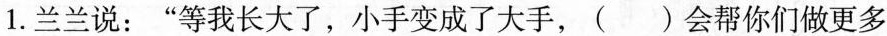
1.兰兰说：”等我长大了，小手变成了大手，()会帮你们做更多